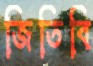
জিতিবি